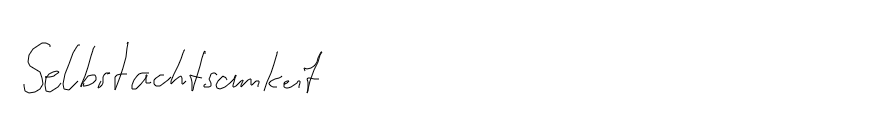
Selbstachtsamkeit